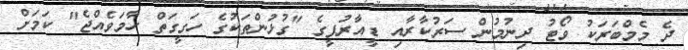
ދެ މެމްބަރަކު ވޯޓު ދިނުމުން ސަރުކާރާއި ޑީއާރުޕީގެ "ގުޅުންތަކުގެ ހަގީގަތް ހާމަވެއްޖެ" ކަމަށް